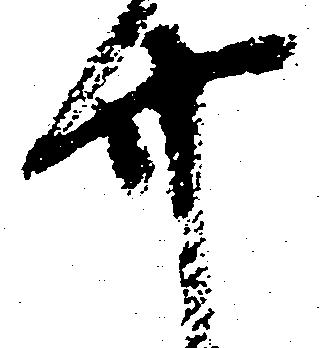
廿